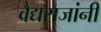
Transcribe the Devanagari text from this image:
वैद्यराजांनी